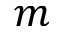
m